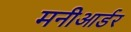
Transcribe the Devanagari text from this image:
मनीआर्डर